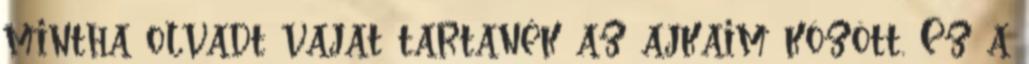
mintha olvadt vajat tartanék az ajkaim között. Ez a